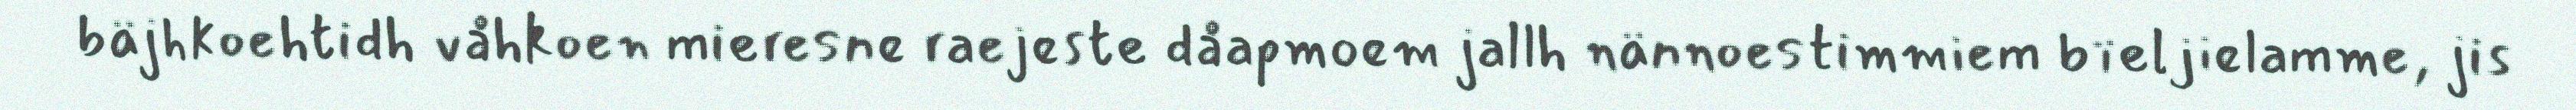
bäjhkoehtidh våhkoen mieresne raejeste dåapmoem jallh nännoestimmiem bïeljielamme, jis